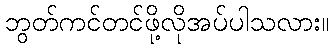
ဘွတ်ကင်တင်ဖို့လိုအပ်ပါသလား။